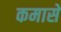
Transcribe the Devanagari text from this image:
कमासे